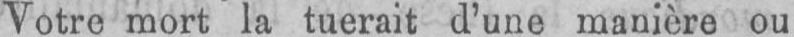
Votre mort la tuerait d’une manière ou